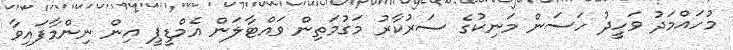
މުހައްމަދު ވަހީދު ހަސަން މަނިކުގެ ސަރުކާރު މަގުމަތިން ވައްޓާލަން އެމްޑީޕީ އިން ނިންމާފައިވާ